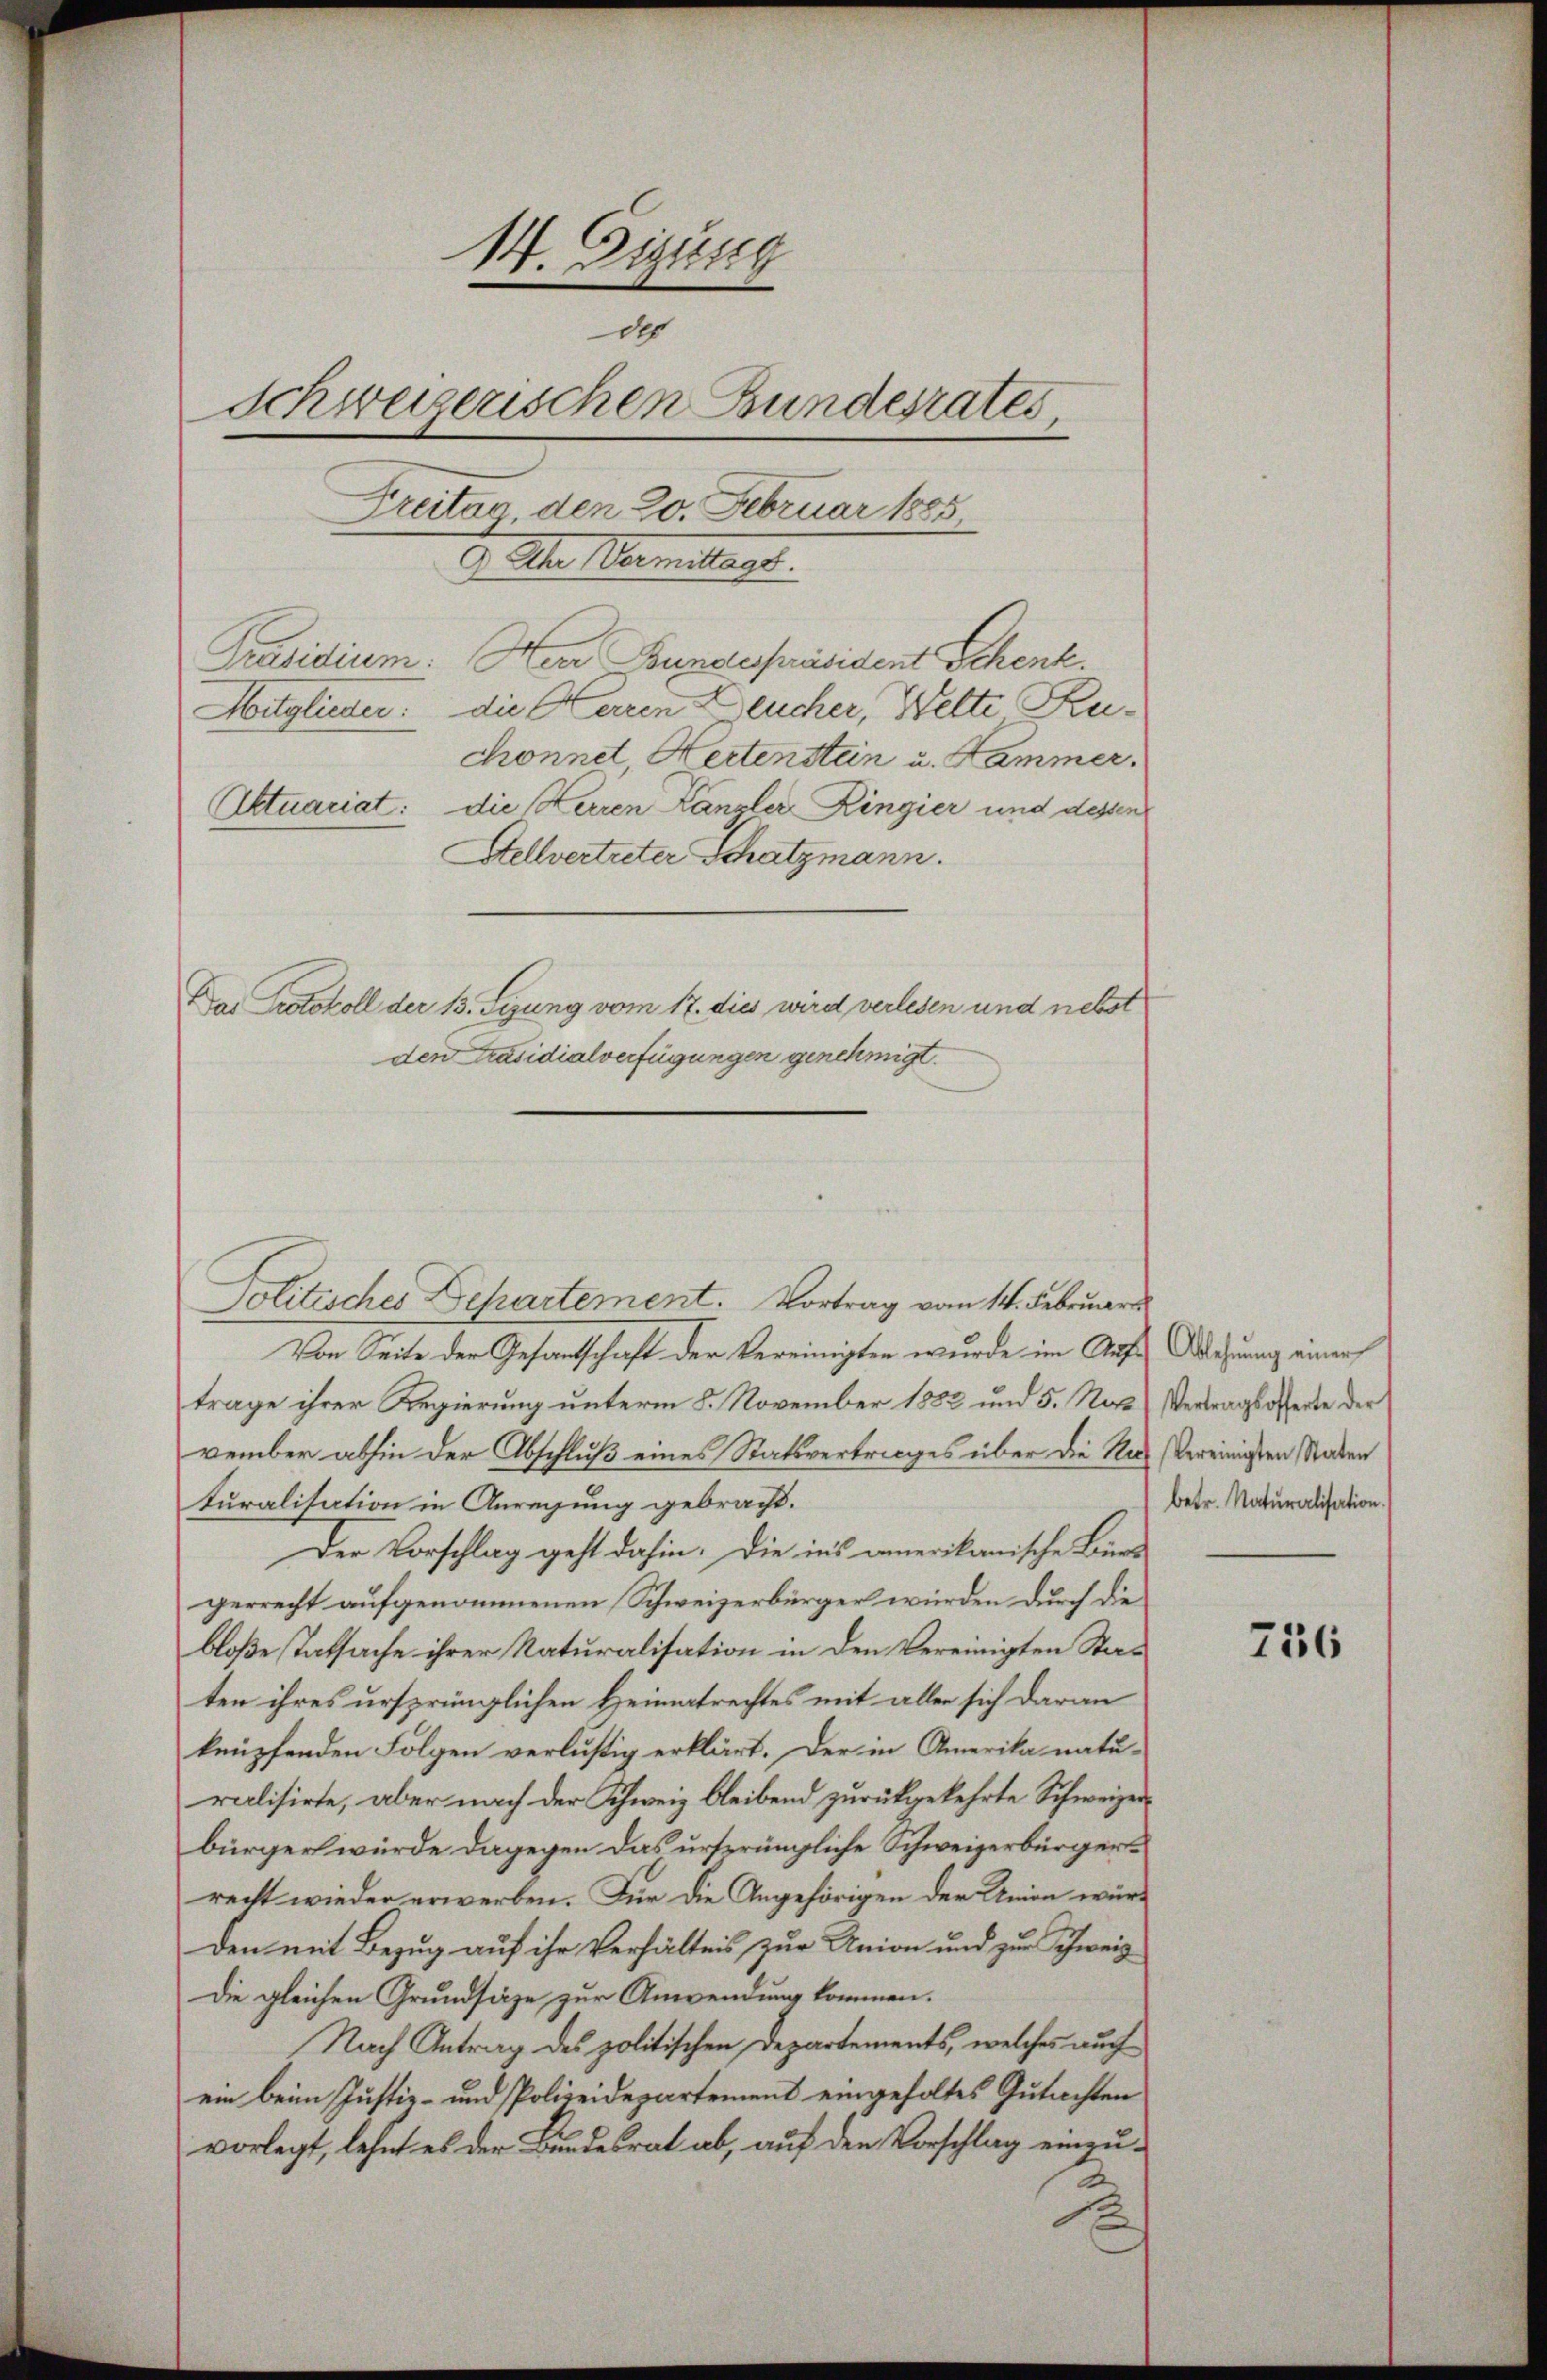
14. Tigung
des
Schweizerischen Bundesrates
Breiter den 20. Februar 1885
E. Der Vermittags.
Präsidium: Herr Bundespräsident Schenk.
Mitglieder: die Herren Deucher, Welte Ruchonnet, Hertenstein u. Hammer.
Aktuariat: die Herren Kanzler Ringier und dessen
Stellvertreter Schatzmann.
Das Protokoll der 13. Sizung vom 17. dies wird verlesen und nebst
den Präsidialverfügungen genehmigt.

Politisches Dehartement. Vortrag vom 14. Februar
Von Seite der Gesandtschaft der Vereinigten wurde im Auf Gährung einer
trage ihrer Regierung unterm 8. November 1882 und 5. Nat. Vertragsofferte der
vember abhin der Abschluß eines Statsvertrages über die Nach Vereinigten Staden
turalisation in Anregung gebracht.
Der Vorschlag geht dahin. Die ins amerikanische Bürs
gerrecht aufgenommenen Schweizerbürger würden durch die
bloße Tatsache ihrer Naturalisation in den Vereinigten Stat
ten ihres ursprünglichen Heimatrechtes mit allen sich daran
knüpfenden Folgen verlustig erklärt. Der in Amerika natu-
ralisirte, aber nach der Schweiz bleibend zurückgekehrte Schweizerbürger würde dagegen das ursprüngliche Schweizerbürgerrecht wieder erwerben. Für die Angehörigen der Union würden mit Bezug auf ihr Verhältnis zur Union und zur Schweiz
Die gleichen Grundsätze zur Anwendung kommen.
Nach Antrag des politischen Departements, welches auch
ein beim Justiz- und Polizeidepartement eingeholtes Gutachten
vorlegt, lehnt es der Bundesrat ab, auf den Vorschlag einzu¬
2

betr. Naturalisation.

736